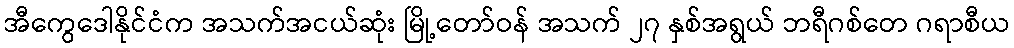
အီကွေဒေါနိုင်ငံက အသက်အငယ်ဆုံး မြို့တော်ဝန် အသက် ၂၇ နှစ်အရွယ် ဘရီဂစ်တေ ဂရာစီယ